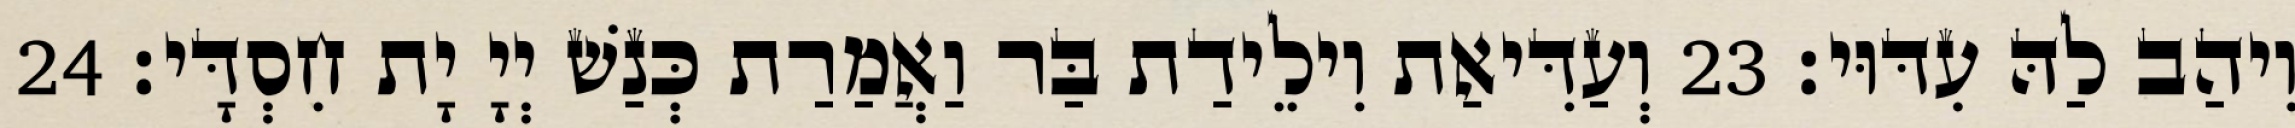
וִיהַב לַהּ עִדּוּי׃ 23 וְעַדִּיאַת וִילֵידַת בַּר וַאֲמַרַת כְּנַשׁ יְיָ יָת חִסְדָּי׃ 24